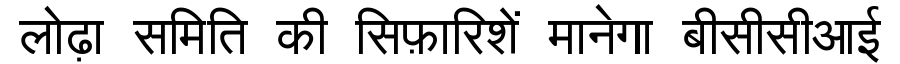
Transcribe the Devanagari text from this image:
लोढ़ा समिति की सिफ़ारिशें मानेगा बीसीसीआई